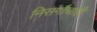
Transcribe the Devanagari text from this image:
निसर्गाचाही